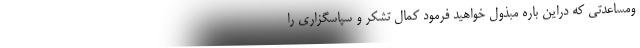
ومساعدتی که دراین باره مبذول خواهید فرمود کمال تشکر و سپاسگزاری را